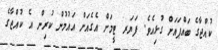
ކުއްޖާގެ ބައްޕައަށް ގުޅިއެވެ. ފަޔަރ ޓީމަށް އެގެއަށް އައުމުން ކުރިން އެ ކުއްޖާގެ